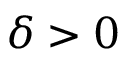
\delta > 0